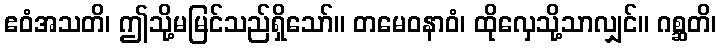
ဧဝံအသတိ၊ ဤသို့မမြင်သည်ရှိသော်။ တမေဝနာဝံ၊ ထိုလှေသို့သာလျှင်။ ဂစ္ဆတိ၊